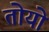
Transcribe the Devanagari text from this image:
तोयो